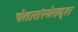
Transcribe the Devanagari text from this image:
चेतासंस्थेसदृश